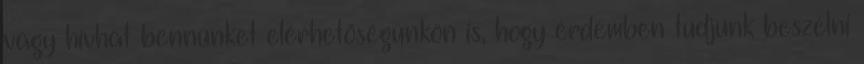
vagy hívhat bennünket elérhetőségünkön is, hogy érdemben tudjunk beszélni